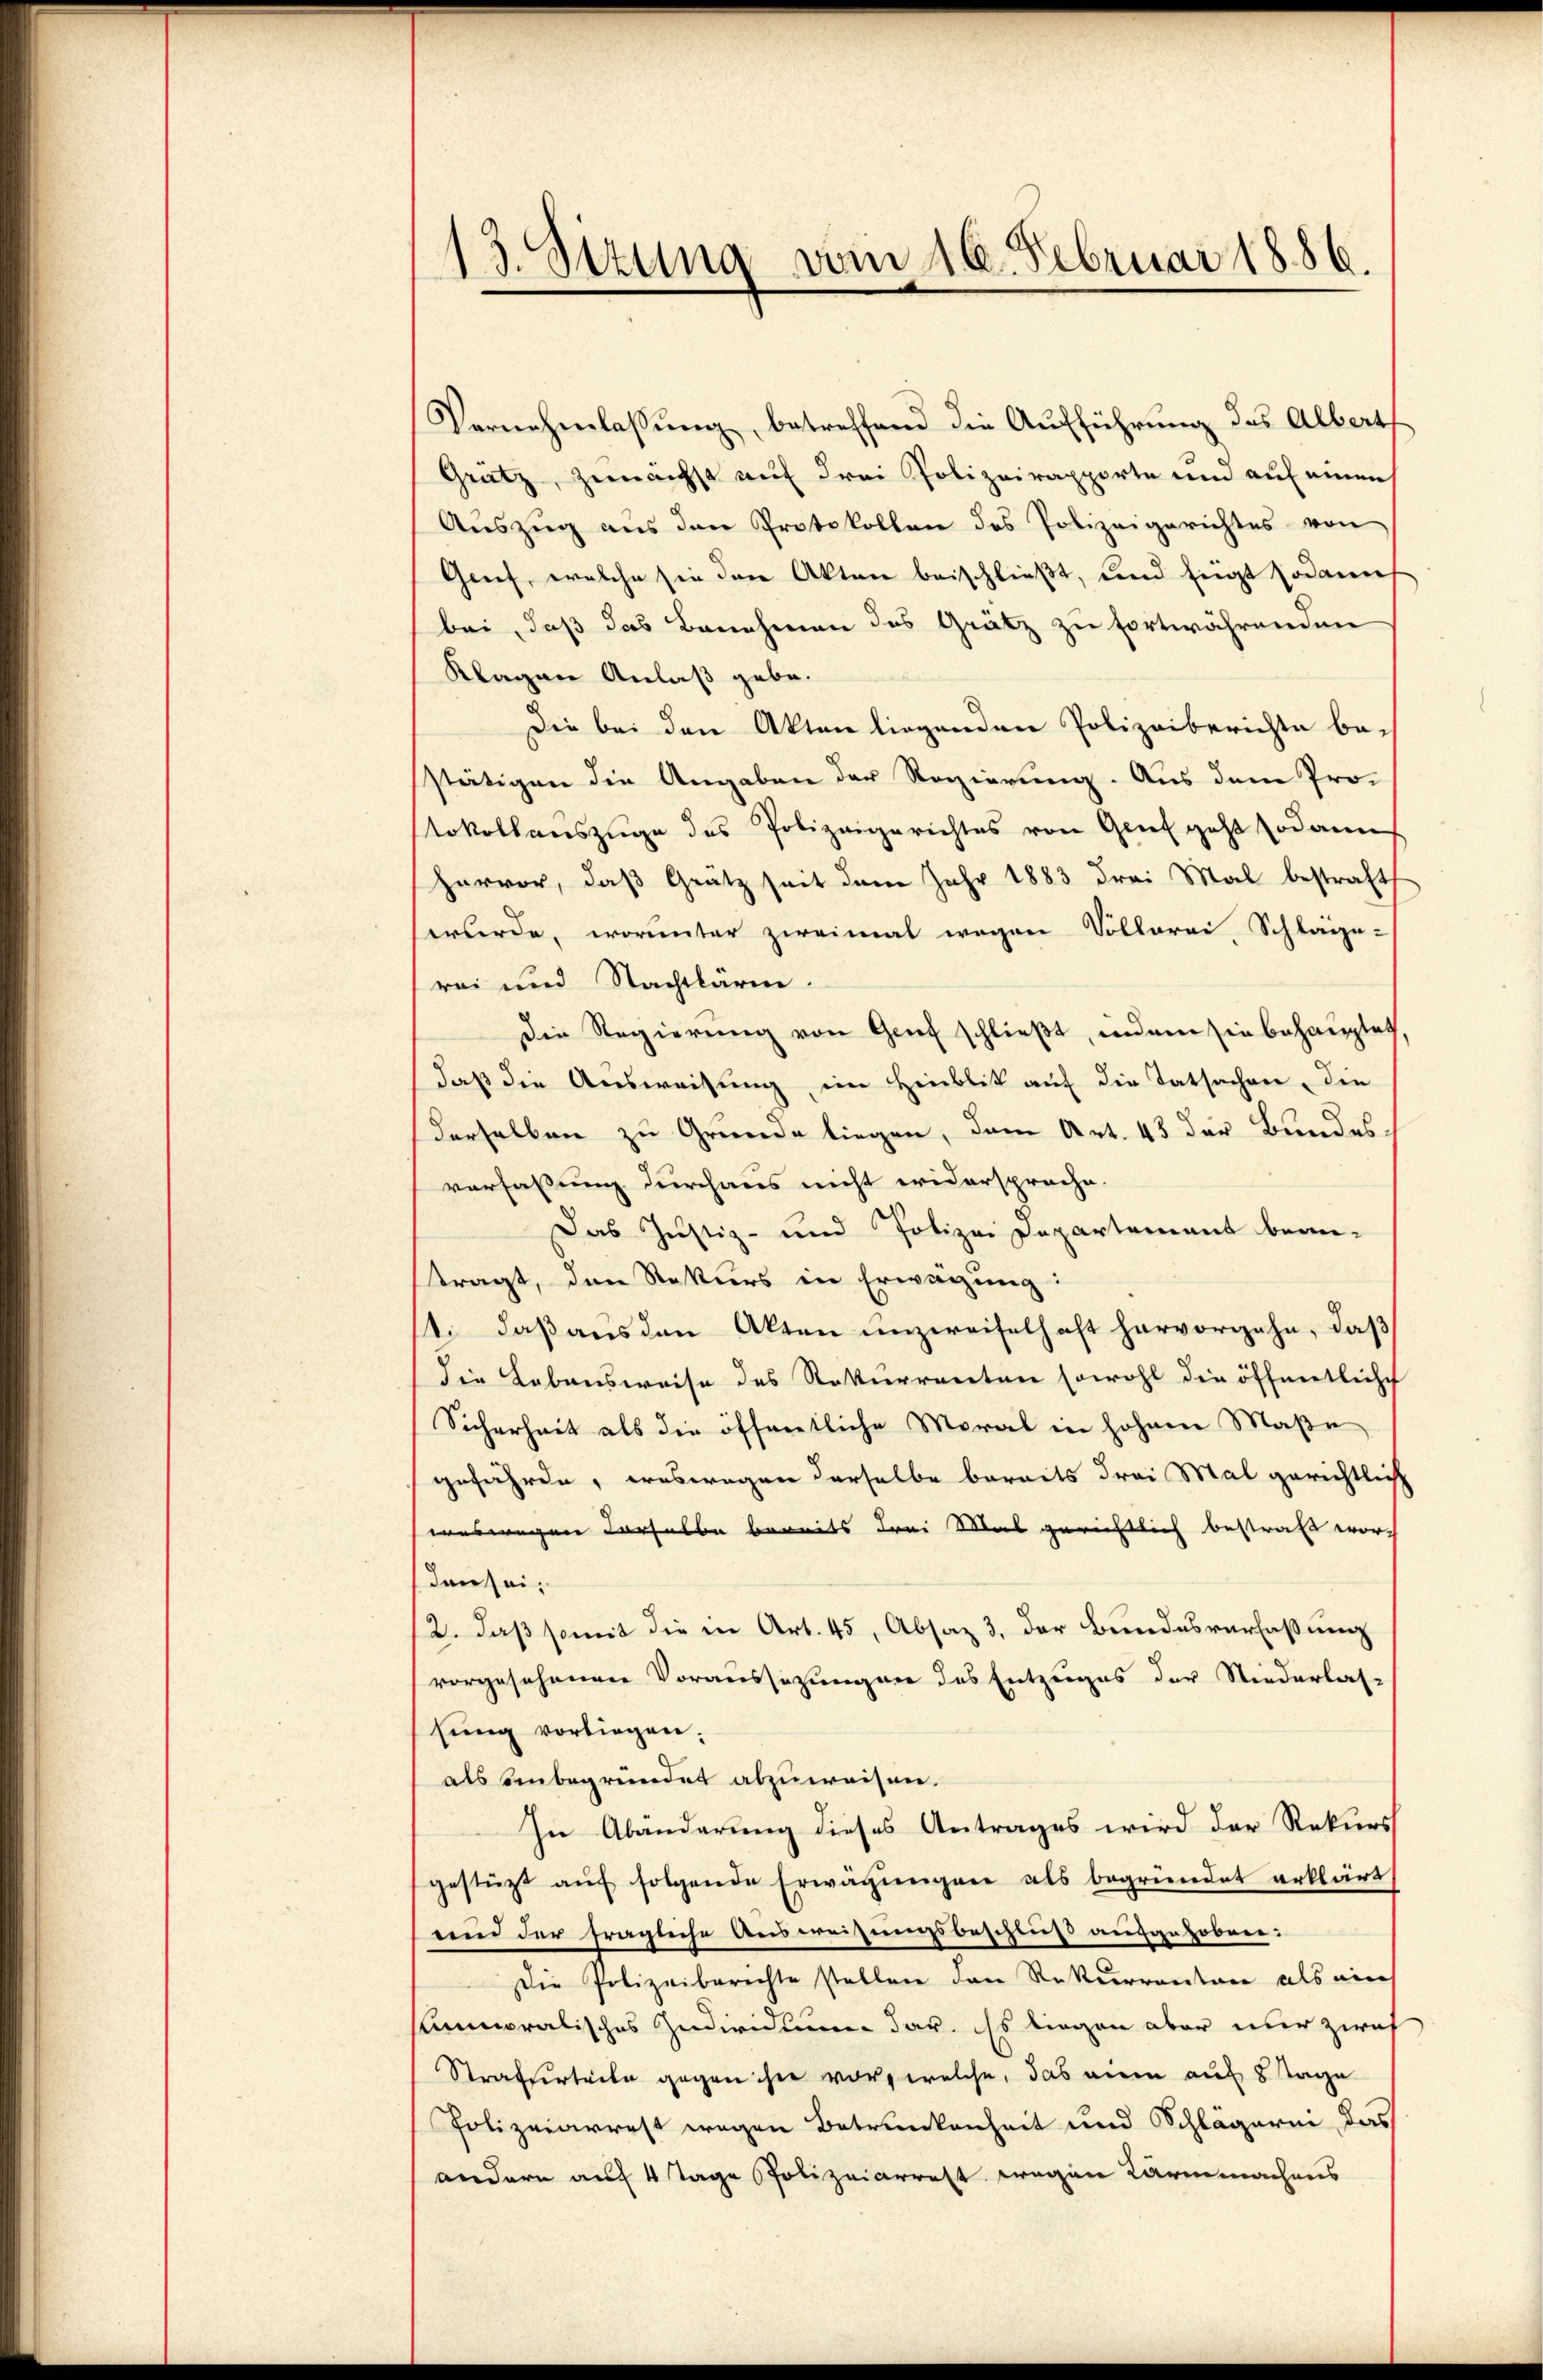
¬
3. Sttung vom 16. Februar 1886.

Vernehmlassung, betreffend die Aufführung des Albert
Gratz, zunächst auf drei Polizeirapporte und auf einen
Auszug aus den Protokollen des Polizeigerichtes von
Genf, welche sie den Akten beischließt, und fügt sodann
bei, daß das Benehmen des Grätz zu fortwährenden
Klagen Anlaß gebe.
Die bei den Akten liegenden Polizeiberichte bestätigen die Angaben der Regierung. Aus dem Pro-
stokollauszüge des Polizeigerichtes von Genf geht sodann
hervor, daß Grätz seit dem Jahr 1883 drei Mal bestraft
wuerde, worunter zweimal wegen Völkerei, Schläge-
rei und Nachtlärm.
die Regierung von Graf schließt, indem sie behauptet
daß die Ausweisung, im Heublik auf die Tatsachen, die
derselben zu Grunde liegen, dem Art. 43 der Bundesverfaßung durchaus nicht widersproche.
Das Justiz- und Polizei Departement bean-
tragt, den Rekurs in Erwägung:
11. daß aus den Akten unzweifelhaft hervorgehe, daß
die Lebensweise des Rekurrenten sowohl die öffnertleisch
Sicherheit als die öffentliche Moral in hohem Maße
gefährde, weswegen derselbe bereits drei Mal gerichtlich
uswegen derselbe bereits drei Mal gerichtlich bestraft wor-
den sei,
2. daß somit die in Art. 45, Absaz 3. der Bundesverfaßung
vorgesehenen Voraussetzungen des Entzuges der Niederlas-
sung vorliegen.
als einbegründet abzuweisen.
In Abänderung dieses Antrages wird der Rekurs
gestützt aŭf folgende Erwägŭngen als begründet erklärt
end der fragliche Ausweisungsbeschluss aufgehoben:
Die Polizeiberechte stellen den Rekurrenten als ein
smoralisches Individuum dar. Es liegen aber nur zwe
Strafurteile gegen ihre vor, welche, das ain auf 8 Tage
Polizeiarrest wegen Betrunkenheit und Schlägerni das
andern auf 4 Tage Polizeiarrett wegen Kärmmachens